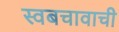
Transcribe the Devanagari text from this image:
स्वबचावाची